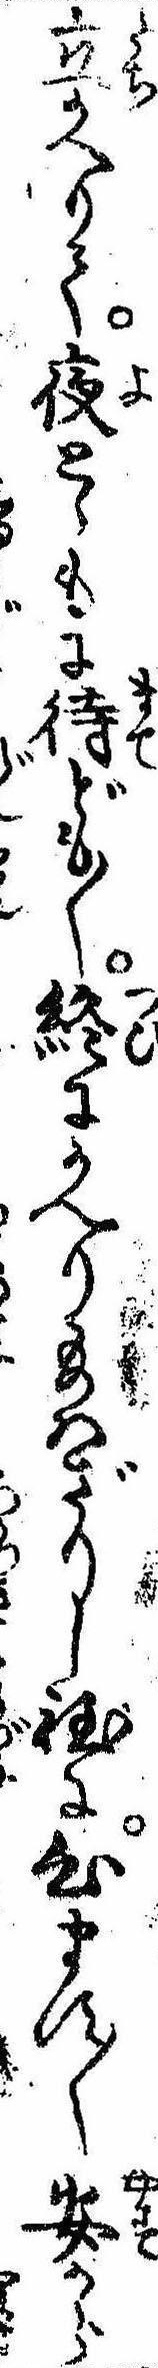
立かへりて夜とゝもに待ども〱終にかへり給はざりし程に心ます〱安から